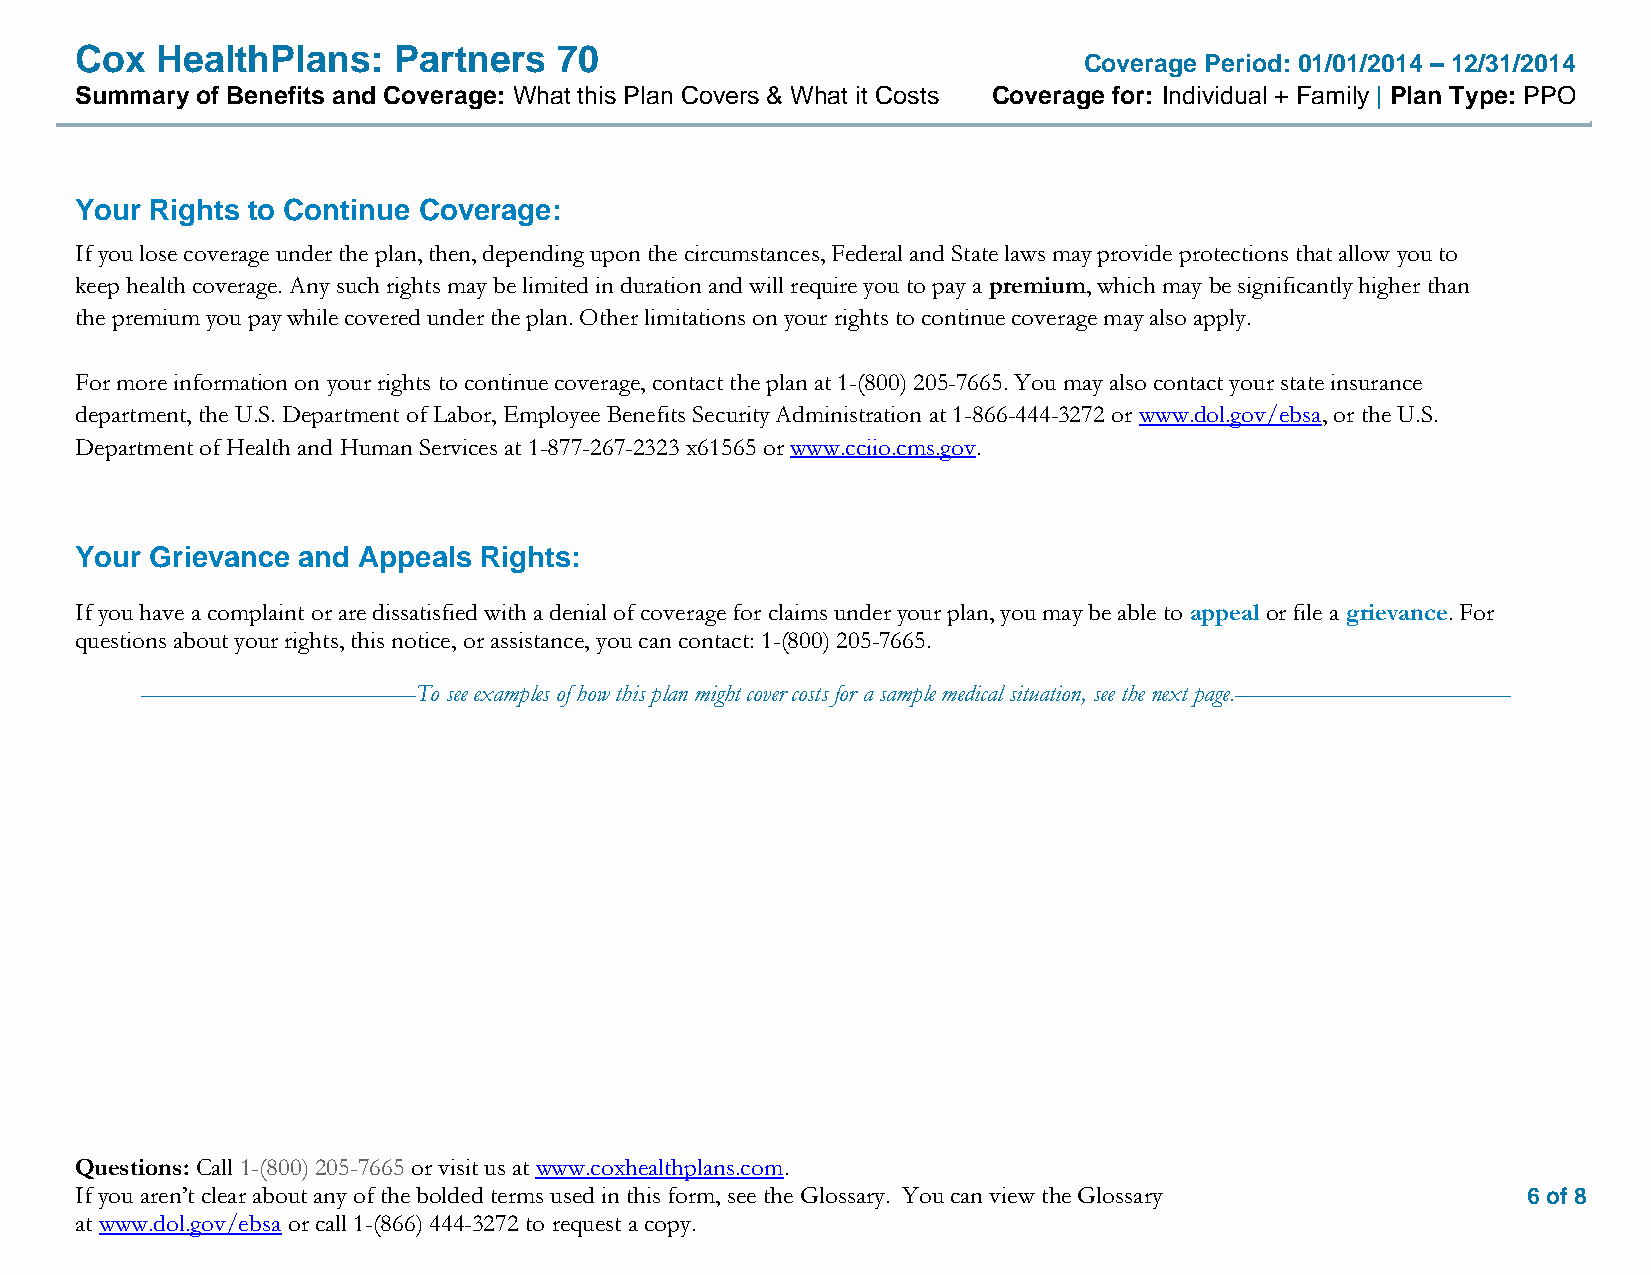
Cox  HealthPlans:    Partners   70
 Coverage Period: 01/01/2014 – 12/31/2014
 Summary of Benefits and Coverage: What this Plan Covers & What it Costs Coverage for: Individual + Family | Plan Type: PPO
 Your Rights to Continue Coverage:
 If you lose coverage under the plan, then, depending upon the circumstances, Federal and State laws may provide protections that allow you to
 keep health coverage. Any such rights may be limited in duration and will require you to pay a premium, which may be significantly higher than
 the premium you pay while covered under the plan. Other limitations on your rights to continue coverage may also apply.
 For more information on your rights to continue coverage, contact the plan at 1-(800) 205-7665. You may also contact your state insurance
 department, the U.S. Department of Labor, Employee Benefits Security Administration at 1-866-444-3272 or www.dol.gov/ebsa, or the U.S.
 Department of Health and Human Services at 1-877-267-2323 x61565 or www.cciio.cms.gov.
 Your Grievance and Appeals Rights:
 If you have a complaint or are dissatisfied with a denial of coverage for claims under your plan, you may be able to appeal or file a grievance. For
 questions about your rights, this notice, or assistance, you can contact: 1-(800) 205-7665.
 ––––––––––––––––––––––To see examples of how this plan might cover costs for a sample medical situation, see the next page.––––––––––––––––––––––
 Questions: Call 1-(800) 205-7665 or visit us at www.coxhealthplans.com.
 If you aren’t clear about any of the bolded terms used in this form, see the Glossary. You can view the Glossary 6 of 8
 at www.dol.gov/ebsa or call 1-(866) 444-3272 to request a copy.